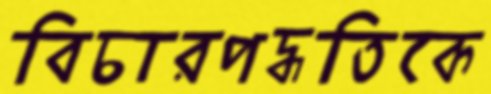
বিচারপদ্ধতিকে